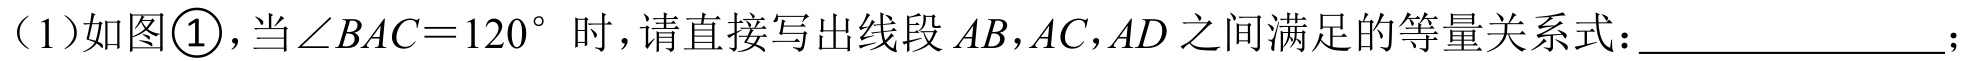
（1）如图\textcircled{1}，当\(\angle BAC = 120^{\circ}\)时，请直接写出线段\(AB\)，\(AC\)，\(AD\)之间满足的等量关系式：________________；